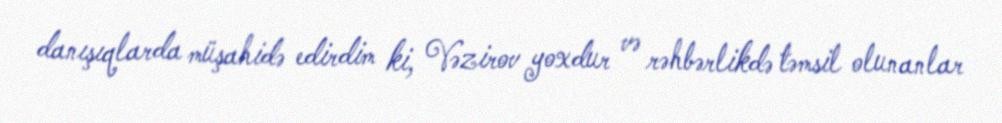
danışıqlarda müşahidə edirdim ki, Vəzirov yoxdur və rəhbərlikdə təmsil olunanlar